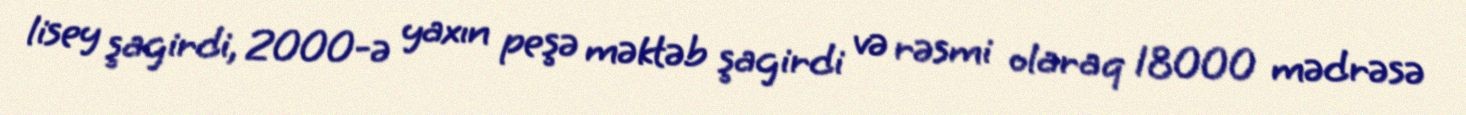
lisey şagirdi, 2000-ə yaxın peşə məktəb şagirdi və rəsmi olaraq 18000 mədrəsə